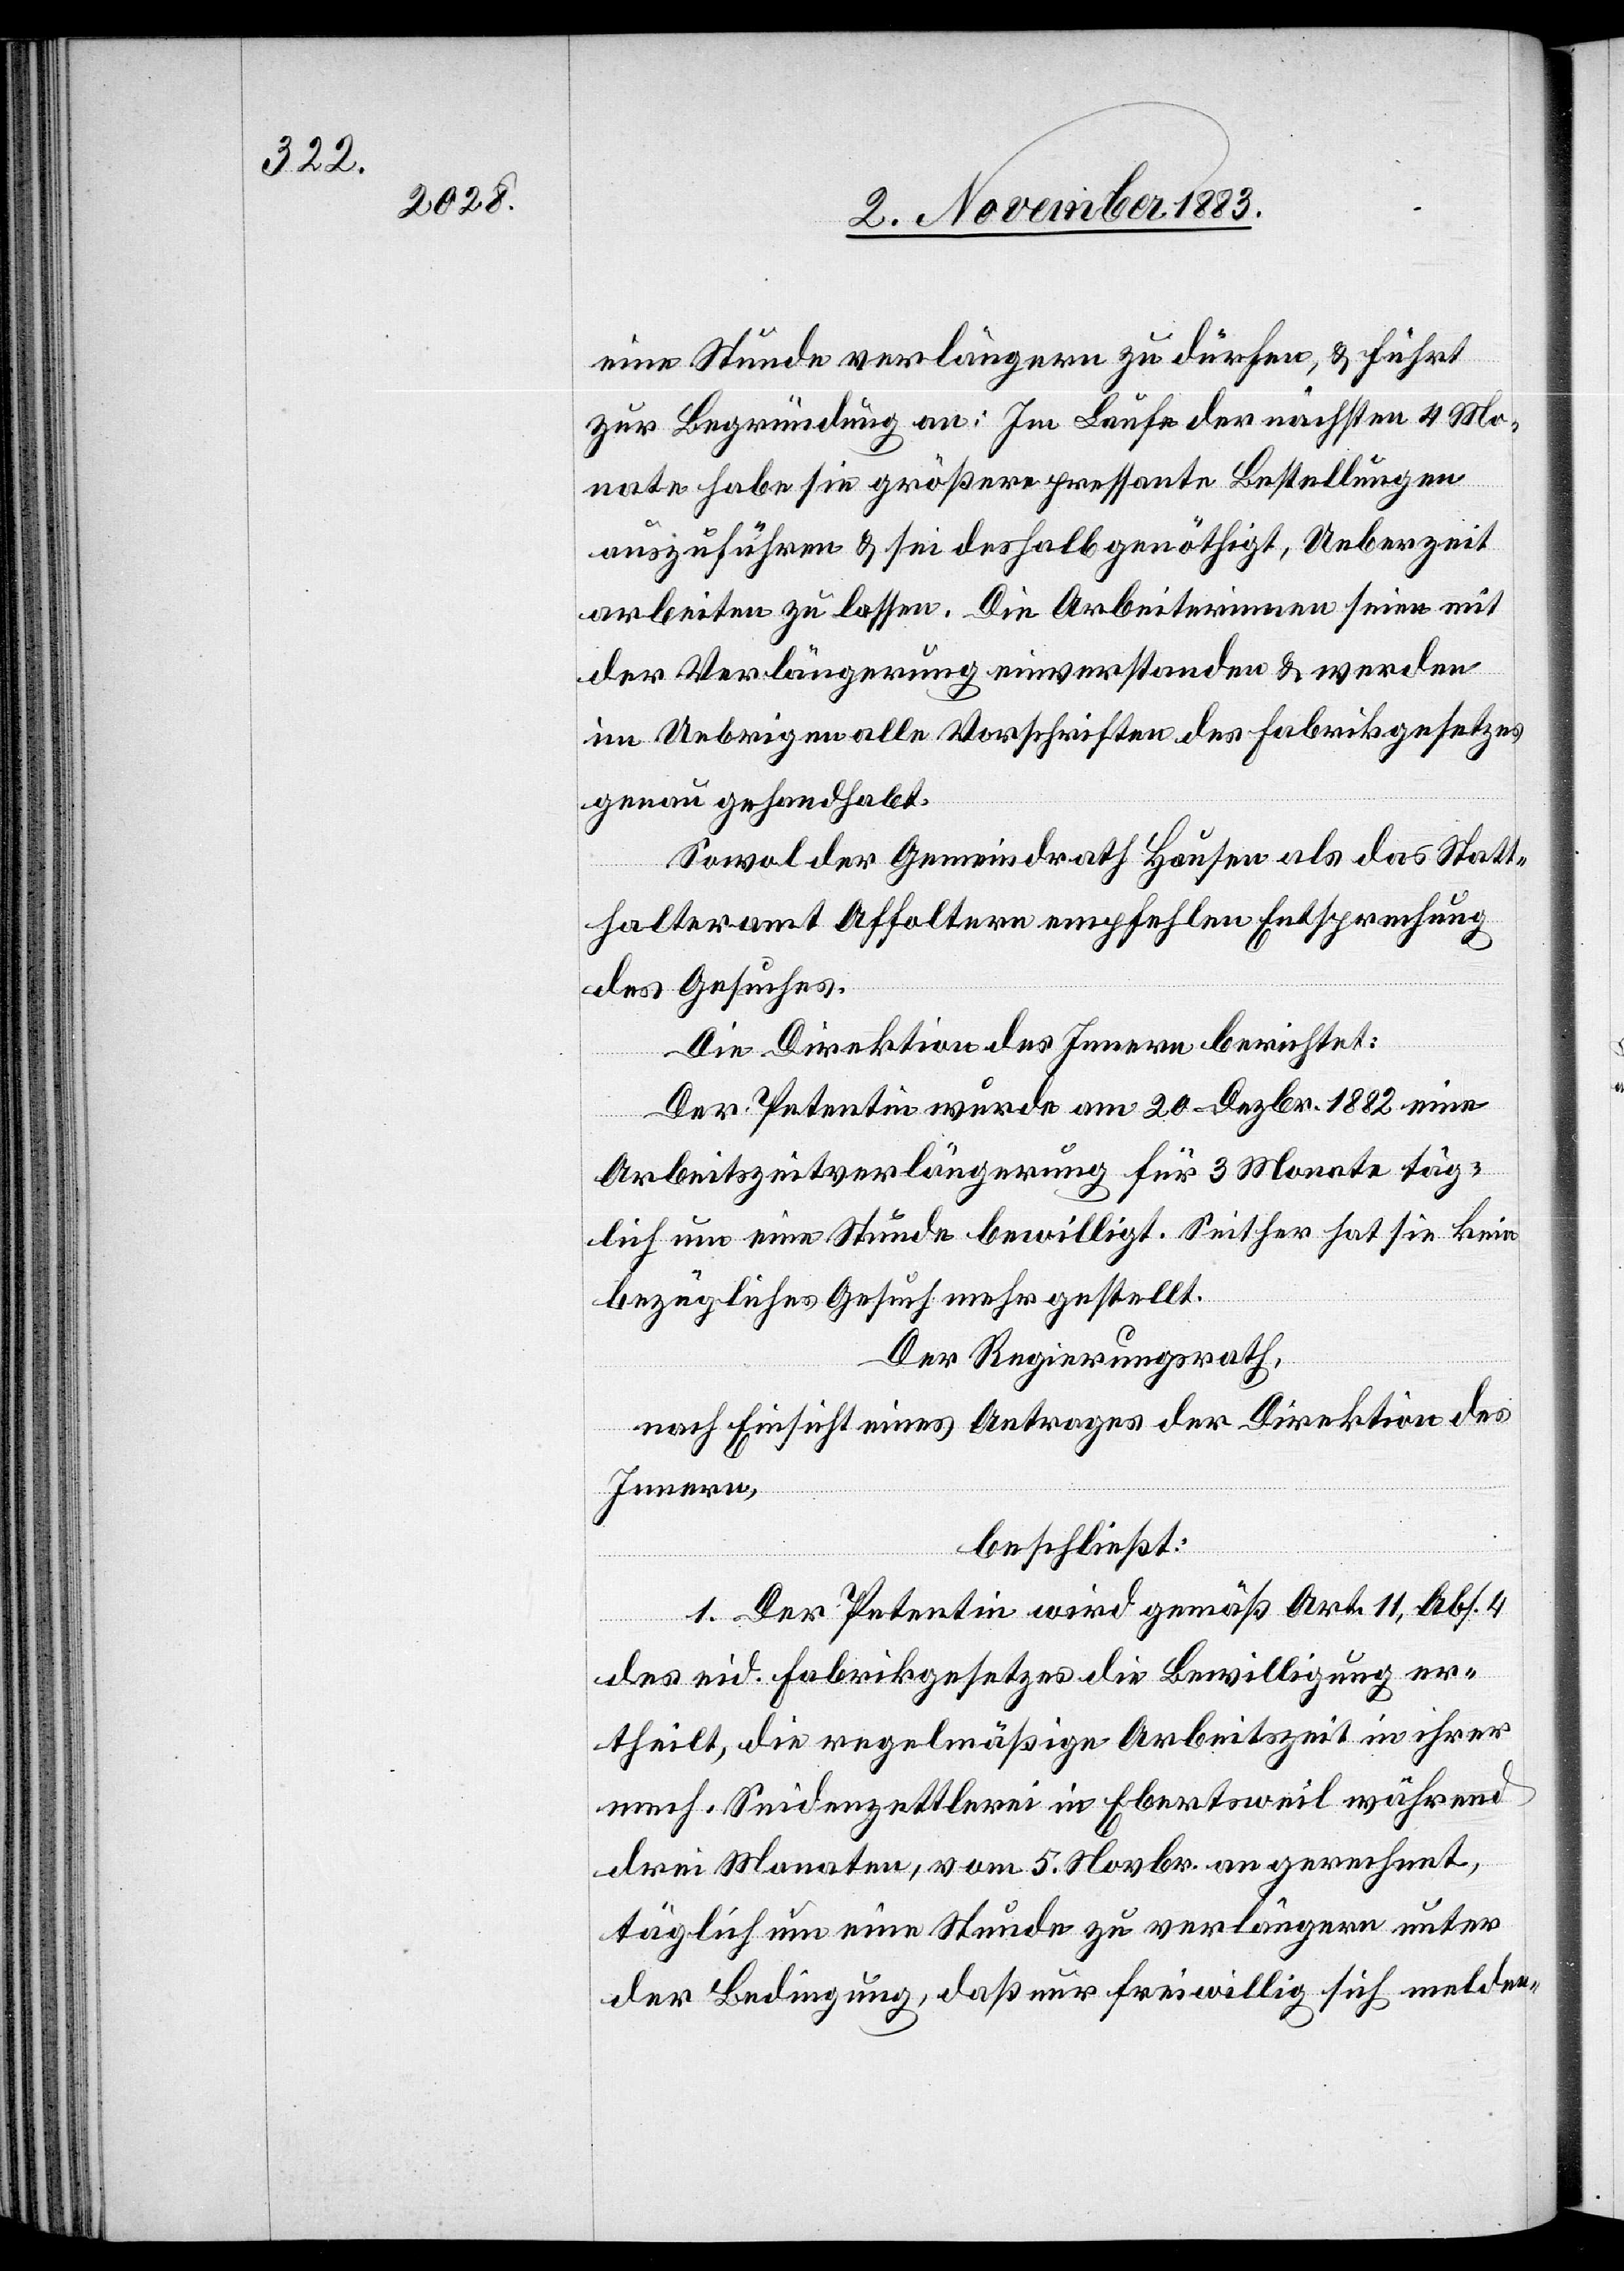
eine Stunde verlängern zu dürfen, & führt
zur Begründung an: Im Laufe der nächsten 4 Mo¬
nate habe sie größere pressante Bestellungen
auszuführen & sei deshalb genöthigt, Ueberzeit
arbeiten zu lassen. Die Arbeiterinnen seien mit
der Verlängerung einverstanden & werden
im Uebrigen alle Vorschriften des Fabrikgesetzes
genau gehandhabt.
Sowol der Gemeindrath Hausen als das Statt¬
halteramt Affoltern empfehlen Entsprechung
des Gesuches.
Die Direktion des Innern berichtet:
Der Petentin wurde am 20. Dezbr. 1882 eine
Arbeitszeitverlängerung für 3 Monate täg¬
lich um eine Stunde bewilligt. Seither hat sie kein
bezügliches Gesuch mehr gestellt.
Der Regierungsrath,
nach Einsicht eines Antrages der Direktion des
Innern,
beschließt:
1. Der Petentin wird gemäß Art. 11, Abs. 4
des eid. Fabrikgesetzes die Bewilligung er¬
theilt, die regelmäßige Arbeitszeit in ihrer
mech. Seidenzettlerei in Ebertsweil während
drei Monaten, vom 5. Novbr. an gerechnet,
täglich um eine Stunde zu verlängern unter
der Bedingung, daß nur freiwillig sich melden-